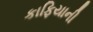
કાફિયાની